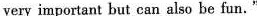
very important but can also be fun."